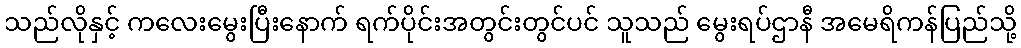
သည်လိုနှင့် ကလေးမွေးပြီးနောက် ရက်ပိုင်းအတွင်းတွင်ပင် သူသည် မွေးရပ်ဌာနီ အမေရိကန်ပြည်သို့